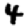
Digit: 4